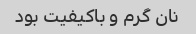
نان گرم و باکیفیت بود